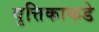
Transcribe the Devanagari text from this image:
वृत्तिकाकडे